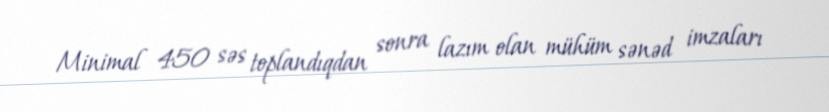
Minimal 450 səs toplandıqdan sonra lazım olan mühüm sənəd imzaları